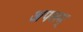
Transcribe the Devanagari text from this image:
अपलम्